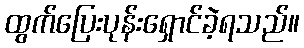
ထွက်ပြေးပုန်းရှောင်ခဲ့ရသည်။